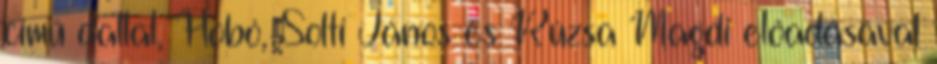
című dallal, Hobó, Solti János és Rúzsa Magdi előadásával